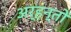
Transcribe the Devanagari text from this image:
अर्हन्तों